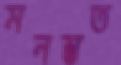
মনস্তত